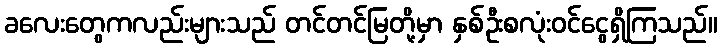
ခလေးတွေကလည်းများသည် တင်တင်မြတို့မှာ နှစ်ဦးစလုံးဝင်ငွေရှိကြသည်။